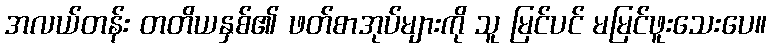
အလယ်တန်း တတိယနှစ်၏ ဖတ်စာအုပ်များကို သူ မြင်ပင် မမြင်ဖူးသေးပေ။